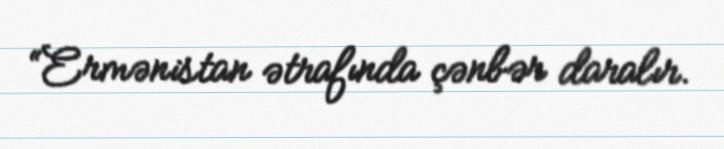
“Ermənistan ətrafında çənbər daralır.